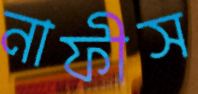
নাফীস